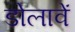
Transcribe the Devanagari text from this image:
डोलावें